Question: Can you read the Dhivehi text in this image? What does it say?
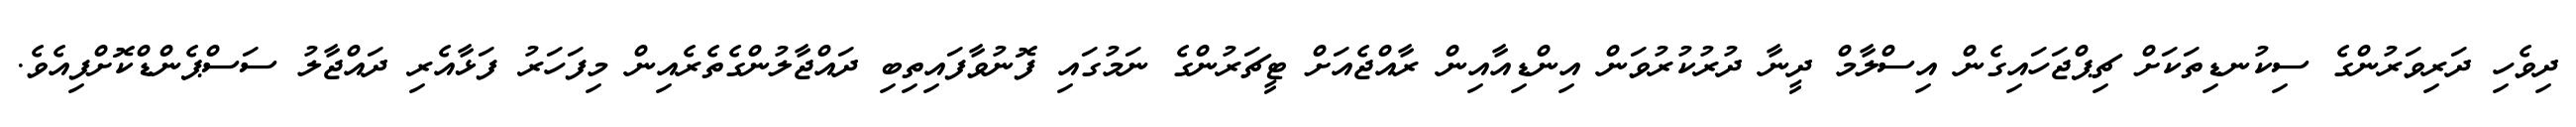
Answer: ދިވެހި ދަރިވަރުންގެ ސިކުނޑިތަކަށް ޗިޕްޖަހައިގެން އިސްލާމް ދީނާ ދުރުކުރުވަން އިންޑިއާއިން ރާއްޖެއަށް ޓީޗަރުންގެ ނަމުގައި ފޮނުވާފައިތިބި ދައްޖާލުންގެތެރެއިން މިފަހަރު ފަޅާއެރި ދައްޖާލު ސަސްޕެންޑްކޮށްފިއެވެ.